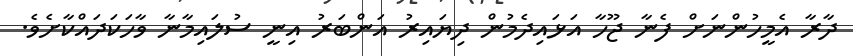
ދާރާ އެމީހުންނަށް ފެނާ ޖޫހާ އަޅައިދެމުން ދިޔައިރު އަންބަރު އިނީ ސުލައިމާނާ ވާހަކަދައްކާށެވެ.